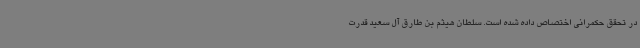
در تحقق حکمرانی اختصاص داده شده است. سلطان هیثم بن طارق آل سعید قدرت